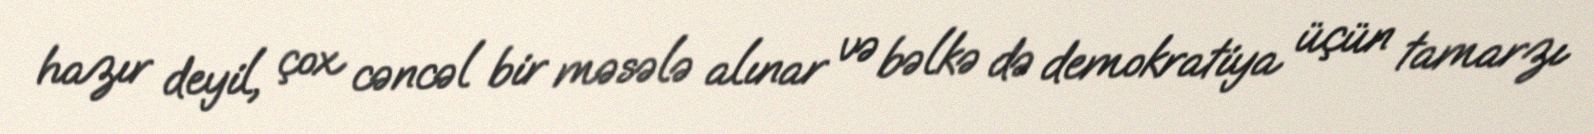
hazır deyil, çox cəncəl bir məsələ alınar və bəlkə də demokratiya üçün tamarzı